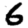
Digit: 6